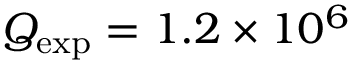
Q _ { \mathrm { e x p } } = 1 . 2 \times 1 0 ^ { 6 }